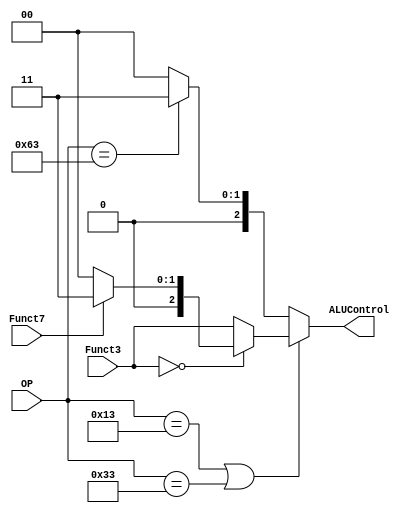
module ALU_Control(       
  input [6:0] OP,
  input [14:12] Funct3,
  input Funct7,
  output reg [2:0] ALUControl   //ALU control
);
localparam LW = 7'b000_0011, SW = 7'b010_0011, ALUi = 7'b001_0011, ALU = 7'b011_0011, BR = 7'b110_0011;

always@(*)
begin
  ALUControl = 3'b000;
  if((OP==ALUi)|(OP==ALU))
  begin
   case(Funct3)
     3'b000 :begin
		if(Funct7==0)
		  ALUControl = 3'b000;
		else
         	  ALUControl = 3'b011;
             end
     default : ALUControl = Funct3;
   endcase
  end
  else if(OP==BR)
    ALUControl = 3'b011;
end

endmodule